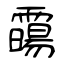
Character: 霷